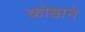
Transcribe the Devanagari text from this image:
कोष्ठाने